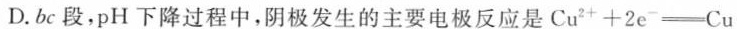
D.bc段，pH下降过程中，阴极发生的主要电极反应是$$Cu^{2+}+2e^{-}\xlongequal [ ] { }Cu$$